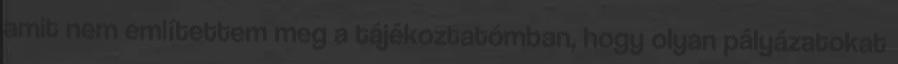
amit nem említettem meg a tájékoztatómban, hogy olyan pályázatokat